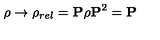
\rho \rightarrow \rho _ { r e l } = { \bf P } \rho { \bf P } ^ { 2 } = { \bf P }